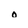
Character: o